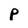
Character: p